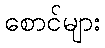
စောင်များ